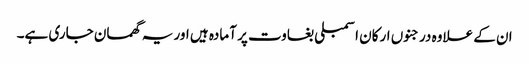
ان کے علاوہ درجنوں ارکان اسمبلی بغاوت پر آمادہ ہیں اور یہ گھمسان جاری ہے۔